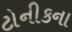
ટોનીકના